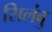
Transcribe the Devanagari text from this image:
सिलंबु